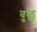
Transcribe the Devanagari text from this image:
वुन्ड्स